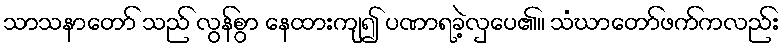
သာသနာတော် သည် လွန်စွာ နေထားကျ၍ ပဏာရခဲ့လှပေ၏။ သံဃာတော်ဖက်ကလည်း